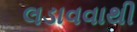
લડાવવાથી